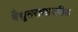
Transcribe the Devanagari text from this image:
वैद्युतरासायनिक